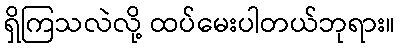
ရှိကြသလဲလို့ ထပ်မေးပါတယ်ဘုရား။